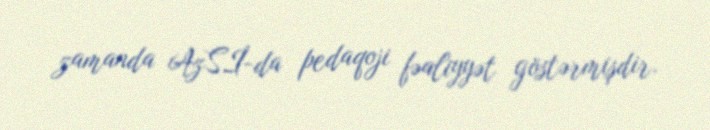
zamanda AzSİ-da pedaqoji fəaliyyət göstərmişdir.